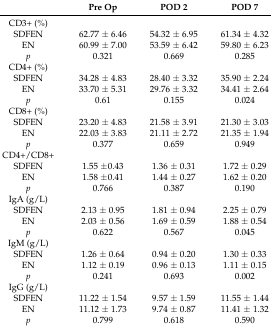
|  | Pre Op | POD 2 | POD 7 |
 | --- | --- | --- | --- |
 | CD3+ (%) |  |  |  |
 | SDFEN | 62.77 ± 6.46 | 54.32 ± 6.95 | 61.34 ± 4.32 |
 | EN | 60.99 ± 7.00 | 53.59 ± 6.42 | 59.80 ± 6.23 |
 | p | 0.321 | 0.669 | 0.285 |
 | CD4+ (%) |  |  |  |
 | SDFEN | 34.28 ± 4.83 | 28.40 ± 3.32 | 35.90 ± 2.24 |
 | EN | 33.70 ± 5.31 | 29.76 ± 3.32 | 34.41 ± 2.64 |
 | p | 0.61 | 0.155 | 0.024 |
 | CD8+ (%) |  |  |  |
 | SDFEN | 23.20 ± 4.83 | 21.58 ± 3.91 | 21.30 ± 3.03 |
 | EN | 22.03 ± 3.83 | 21.11 ± 2.72 | 21.35 ± 1.94 |
 | p | 0.377 | 0.659 | 0.949 |
 | CD4+/CD8+ |  |  |  |
 | SDFEN | 1.55 ±0.43 | 1.36 ± 0.31 | 1.72 ± 0.29 |
 | EN | 1.58 ±0.41 | 1.44 ± 0.27 | 1.62 ± 0.20 |
 | p | 0.766 | 0.387 | 0.190 |
 | IgA (g/L) |  |  |  |
 | SDFEN | 2.13 ± 0.95 | 1.81 ± 0.94 | 2.25 ± 0.79 |
 | EN | 2.03 ± 0.56 | 1.69 ± 0.59 | 1.88 ± 0.54 |
 | p | 0.622 | 0.567 | 0.045 |
 | IgM (g/L) |  |  |  |
 | SDFEN | 1.26 ± 0.64 | 0.94 ± 0.20 | 1.30 ± 0.33 |
 | EN | 1.12 ± 0.19 | 0.96 ± 0.13 | 1.11 ± 0.15 |
 | p | 0.241 | 0.693 | 0.002 |
 | IgG (g/L) |  |  |  |
 | SDFEN | 11.22 ± 1.54 | 9.57 ± 1.59 | 11.55 ± 1.44 |
 | EN | 11.12 ± 1.73 | 9.74 ± 0.87 | 11.41 ± 1.32 |
 | p | 0.799 | 0.618 | 0.590 |